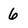
Character: 6